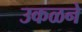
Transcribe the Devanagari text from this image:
उकळने